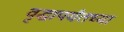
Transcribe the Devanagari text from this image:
वृद्धापर्यंतच्या